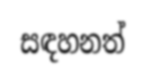
සඳහනත්